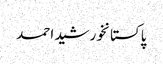
پاکستانخورشید احمد